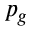
p _ { g }